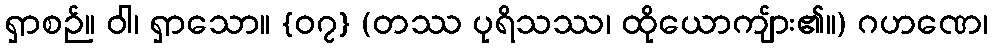
ရှာစဉ်။ ဝါ၊ ရှာသော။ {၀၇} (တဿ ပုရိသဿ၊ ထိုယောကျ်ား၏။) ဂဟဏေ၊